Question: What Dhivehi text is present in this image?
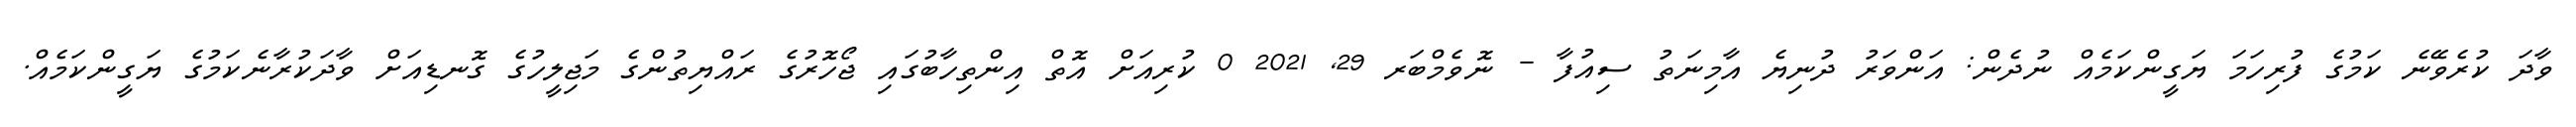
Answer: ވާދަ ކުރެވޭނެ ކަމުގެ ފުރިހަމަ ޔަގީންކަމެއް ނުދެން: އަންވަރު ދުނިޔެ އާމިނަތު ސިއުފާ - ނޮވެމްބަރ 29, 2021 0 ކުރިއަށް އޮތް އިންތިހާބުގައި ޖޯހޮރުގެ ރައްޔިތުންގެ މަޖިލީހުގެ ގޮނޑިއަށް ވާދަކުރާނެކަމުގެ ޔަގީންކަމެއް.